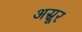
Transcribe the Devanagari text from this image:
अस्रूर